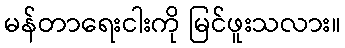
မန်တာရေးငါးကို မြင်ဖူးသလား။